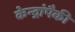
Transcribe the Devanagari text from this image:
केन्द्रांपैकी